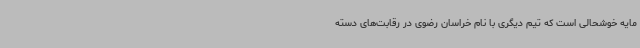
مایه خوشحالی است که تیم دیگری با نام خراسان رضوی در رقابت‌های دسته